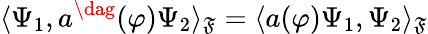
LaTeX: \langle\Psi_{1},a^{\dag}(\varphi)\Psi_{2}\rangle_{\mathfrak{F}}=\langle a(\varphi)\Psi_{1},\Psi_{2}\rangle_{\mathfrak{F}}